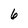
Character: 6